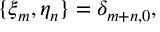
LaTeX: \{ \xi _ { m } , \eta _ { n } \} = \delta _ { m + n , 0 } ,